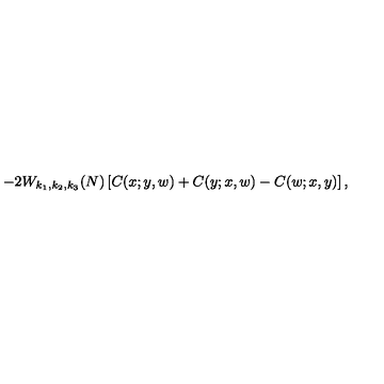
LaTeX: - 2 W _ { k _ { 1 } , k _ { 2 } , k _ { 3 } } ( N ) \left[ C ( x ; y , w ) + C ( y ; x , w ) - C ( w ; x , y ) \right] ,